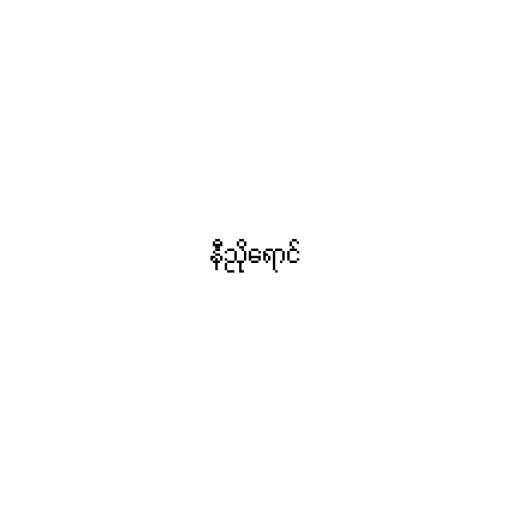
နီညိုရောင်